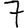
Digit: 7